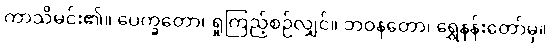
ကာသိမင်း၏။ ပေက္ခတော၊ ရှုကြည့်စဉ်လျှင်။ ဘဝနတော၊ ရွှေနန်းတော်မှ။